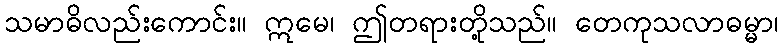
သမာဓိလည်းကောင်း။ ဣမေ၊ ဤတရားတို့သည်။ တေကုသလာဓမ္မာ၊